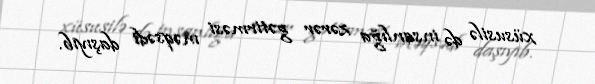
xüsusilə də insanlığa zərər gətirməsi məqsədi daşıyıb.